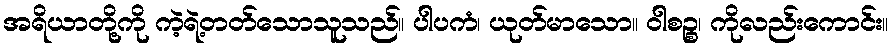
အရိယာတို့ကို ကဲ့ရဲ့တတ်သောသူသည်။ ပါပကံ၊ ယုတ်မာသော။ ဝါစဉ္စ၊ ကိုလည်းကောင်း။